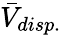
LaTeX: \bar{V}_{disp.}